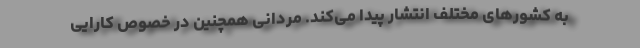
به کشورهای مختلف انتشار پیدا می‌کند. مردانی همچنین در خصوص کارایی